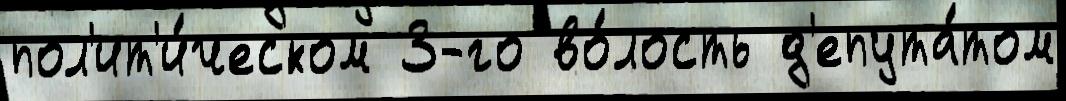
пол'ит'и́ческом 3-го во́лость д'епута́том